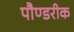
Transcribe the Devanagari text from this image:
पौण्डरीक